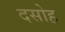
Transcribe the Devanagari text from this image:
दसोह